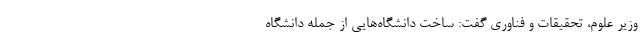
وزیر علوم، تحقیقات و فناوری گفت: ساخت دانشگاه‌هایی از جمله دانشگاه